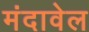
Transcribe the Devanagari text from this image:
मंदावेल